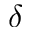
\delta